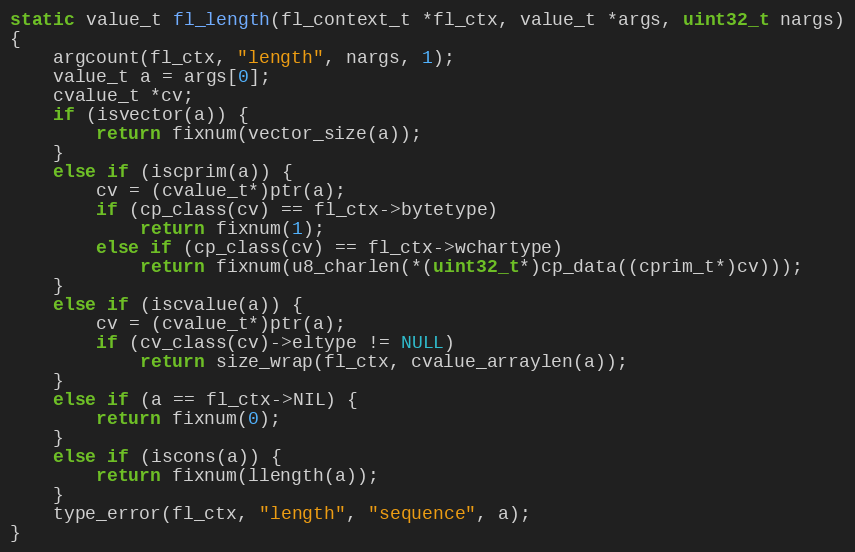
Language: C
static value_t fl_length(fl_context_t *fl_ctx, value_t *args, uint32_t nargs)
{
    argcount(fl_ctx, "length", nargs, 1);
    value_t a = args[0];
    cvalue_t *cv;
    if (isvector(a)) {
        return fixnum(vector_size(a));
    }
    else if (iscprim(a)) {
        cv = (cvalue_t*)ptr(a);
        if (cp_class(cv) == fl_ctx->bytetype)
            return fixnum(1);
        else if (cp_class(cv) == fl_ctx->wchartype)
            return fixnum(u8_charlen(*(uint32_t*)cp_data((cprim_t*)cv)));
    }
    else if (iscvalue(a)) {
        cv = (cvalue_t*)ptr(a);
        if (cv_class(cv)->eltype != NULL)
            return size_wrap(fl_ctx, cvalue_arraylen(a));
    }
    else if (a == fl_ctx->NIL) {
        return fixnum(0);
    }
    else if (iscons(a)) {
        return fixnum(llength(a));
    }
    type_error(fl_ctx, "length", "sequence", a);
}